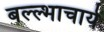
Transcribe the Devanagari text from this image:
बल्ल्भाचार्य